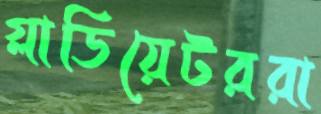
গ্লাডিয়েটররা